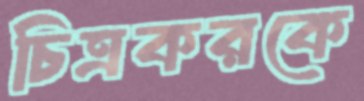
চিত্রকরকে